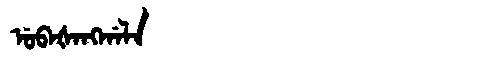
Manchu: ᡠᠪᠠᡧᠠᠩᡤᠠᠯᠠ
Romanization: UBAŠANGGALA